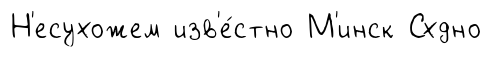
Н'есухожем изв'е́стно М'инск Схдно